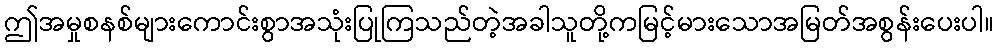
ဤအမှုစနစ်များကောင်းစွာအသုံးပြုကြသည်တဲ့အခါသူတို့ကမြင့်မားသောအမြတ်အစွန်းပေးပါ။